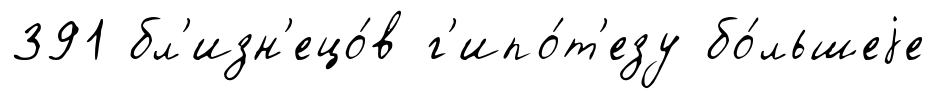
391 бл'изн'ецо́в г'ипо́т'езу бо́льшеjе